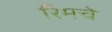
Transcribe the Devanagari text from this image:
रिमचे